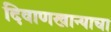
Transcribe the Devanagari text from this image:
दिवाणखान्याचा